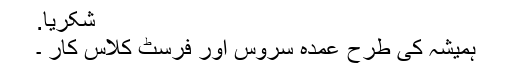
شکريا.
ہمیشہ کی طرح عمدہ سروس اور فرسٹ کلاس کار ۔